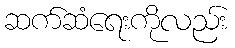
ဆက်ဆံရေးကိုလည်း